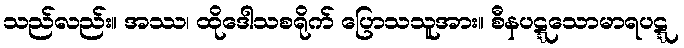
သည်လည်း။ အဿ၊ ထိုဒေါသစရိုက် ပြောသသူအား။ စီနပဋ္ဋသောမာရပဋ္ဋ